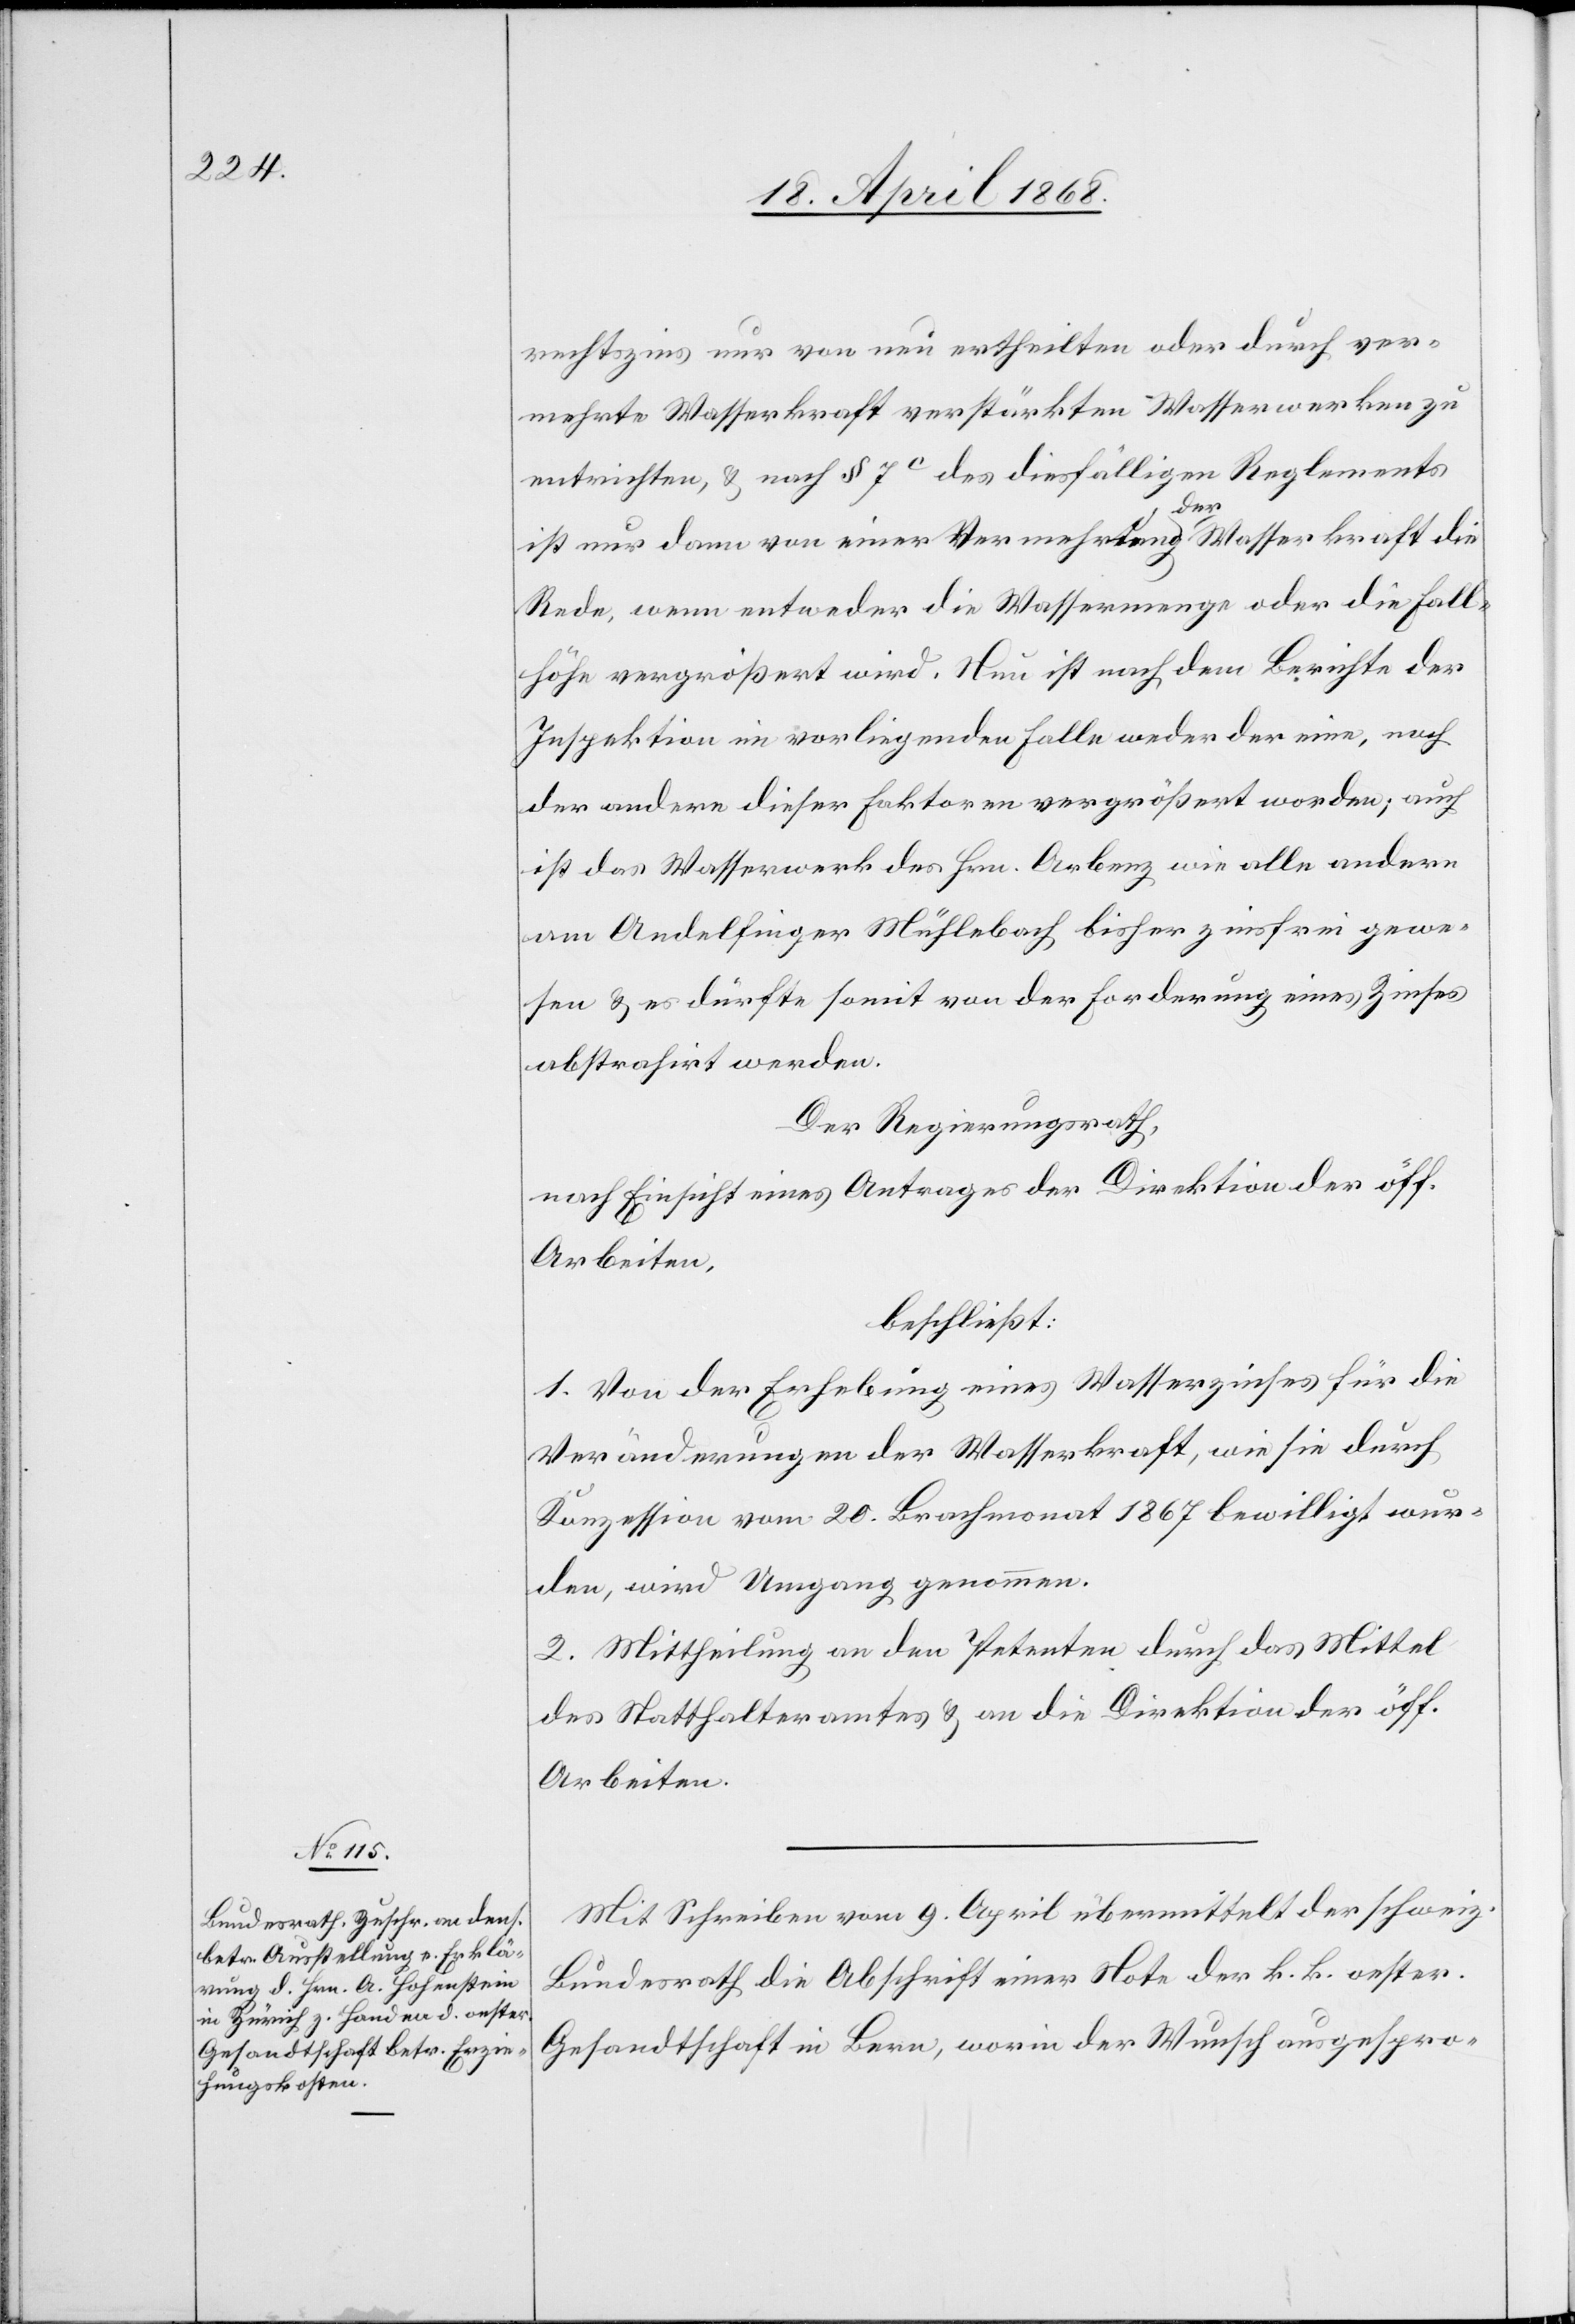
rechtszins nur von neu ertheilten oder durch ver¬
mehrte Wasserkraft verstärkten Wasserwerken zu
entrichten, & nach § 7c des diesfälligen Reglements
ist nur dann von einer Vermehrung der Wasserkraft die
Rede, wenn entweder die Wassermenge oder die Fall¬
höhe vergrößert wird. Nun ist nach dem Berichte der
Inspektion im vorliegenden Falle weder der eine, noch
der andere dieser Faktoren vergrößert worden; auch
ist das Wasserwerk des Hrn. Arbenz wie alle andern
am Andelfinger Mühlebach bisher zinsfrei gewe¬
sen & es dürfte somit von der Forderung eines Zinses
abstrahirt werden.
Der Regierungsrath,
nach Einsicht eines Antrages der Direktion der öff.
Arbeiten,
beschließt:
1. Von der Erhebung eines Wasserzinses für die
Veränderungen der Wasserkraft, wie sie durch
Konzession vom 20. Brachmonat 1867 bewilligt wur¬
den, wird Umgang genommen.
2. Mittheilung an den Petenten durch das Mittel
des Statthalteramtes & an die Direktion der öff.
Arbeiten.
Mit Schreiben vom 9. April übermittelt der schweiz.
Bundesrath die Abschrift einer Note der k. k. oester.
Gesandtschaft in Bern, worin der Wunsch ausgespro-